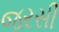
જરસી